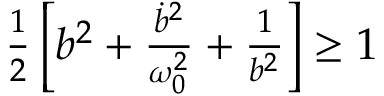
\begin{array} { r } { \frac { 1 } { 2 } \left[ b ^ { 2 } + \frac { \dot { b } ^ { 2 } } { \omega _ { 0 } ^ { 2 } } + \frac { 1 } { b ^ { 2 } } \right] \geq 1 } \end{array}